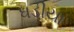
ધડીયા